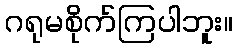
ဂရုမစိုက်ကြပါဘူး။